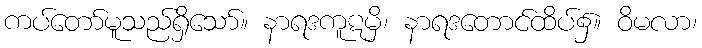
ကပ်တော်မူသည်ရှိသော်။ နာရဒကူဋမှိ၊ နာရဒတောင်ထိပ်၌။ ဝိမလာ၊